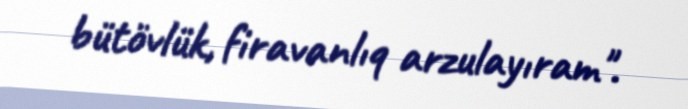
bütövlük, firavanlıq arzulayıram".